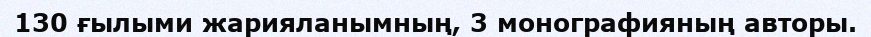
130 ғылыми жарияланымның, 3 монографияның авторы.